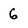
Character: 6